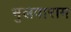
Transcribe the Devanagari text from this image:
भुलवाराम